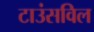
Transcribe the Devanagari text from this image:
टाउंसविल